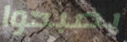
يصبحوا